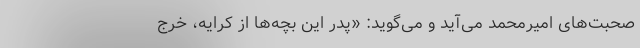
صحبت‌های امیرمحمد می‌آید و می‌گوید: «پدر این بچه‌ها از کرایه، خرج